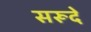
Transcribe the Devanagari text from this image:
सरूदे